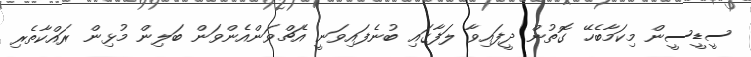
ސީޑީސީން މިކަމާބެހޭ ގޮތުން ދީފައިވާ ލަފާގައި ބުނެފައިވަނީ އެޗްވަންއެންވަން ބަލިން މުޅިން ރައްކާތެރި